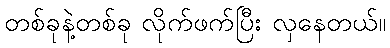
တစ်ခုနဲ့တစ်ခု လိုက်ဖက်ပြီး လှနေတယ်။